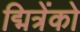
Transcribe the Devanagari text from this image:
द्मित्रेंको